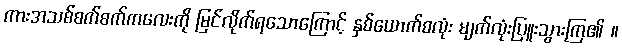
ကားအသစ်စက်စက်ကလေးကို မြင်လိုက်ရသောကြောင့် နှစ်ယောက်စလုံး မျက်လုံးပြူးသွားကြ၏ ။